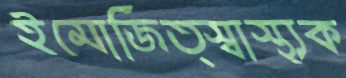
ইমোজিত্স্বাস্থ্যক